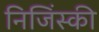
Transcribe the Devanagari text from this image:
निजिंस्की